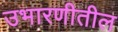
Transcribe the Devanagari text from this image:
उभारणीतील